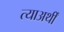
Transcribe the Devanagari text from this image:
त्याअर्थीं